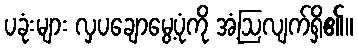
ပခုံးများ လှပချောမွေ့ပုံကို အံ့ဩလျက်ရှိ၏။